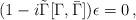
LaTeX: \begin{align*}(1-i\tilde \Gamma[\Gamma,\bar\Gamma])\epsilon =0\, ,\end{align*}